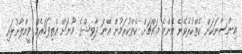
އިންސާނަކަށް ކެތްކުރެވޭނެ އެންމެ މައްޗަށް ކެތްކުރަމުން އޭނަ ދާވިޝްގެ މޫނަށް އެތިފަހަރެއް ވީއްލާނުލައި